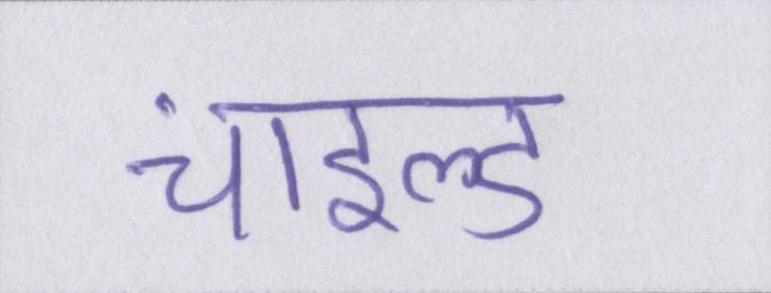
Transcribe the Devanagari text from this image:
चाइल्ड